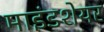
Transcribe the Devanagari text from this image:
माइंडशेयर